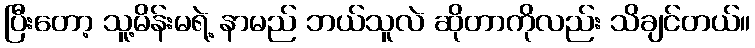
ပြီးတော့ သူ့မိန်းမရဲ့ နာမည် ဘယ်သူလဲ ဆိုတာကိုလည်း သိချင်တယ်။